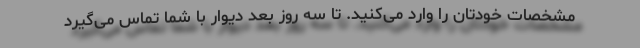
مشخصات خودتان را وارد می‌کنید. تا سه روز بعد دیوار با شما تماس می‌گیرد